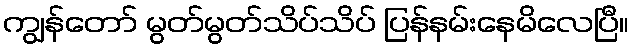
ကျွန်တော် မွတ်မွတ်သိပ်သိပ် ပြန်နမ်းနေမိလေပြီ။